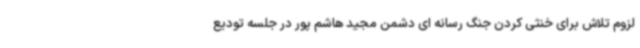
لزوم تلاش برای خنثی کردن جنگ رسانه ای دشمن مجید هاشم پور در جلسه تودیع